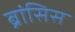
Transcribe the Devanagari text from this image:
ब्रांसिस